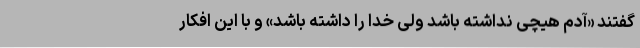
‌گفتند «آدم هیچی نداشته باشد ولی خدا را داشته باشد» و با این افکار